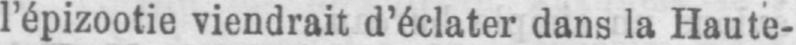
l’épizootie viendrait d’éclater dans la Haute-